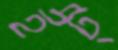
ইট্